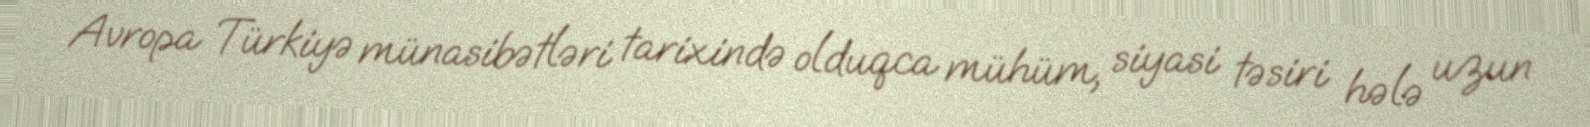
Avropa Türkiyə münasibətləri tarixində olduqca mühüm, siyasi təsiri hələ uzun